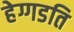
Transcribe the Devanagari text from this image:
हेग्गडति